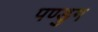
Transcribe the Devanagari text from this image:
पण्डुग